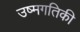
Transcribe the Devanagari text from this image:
उष्मगतिकी